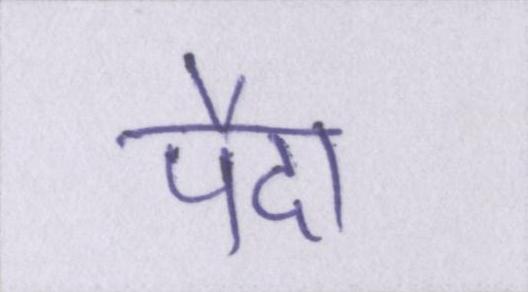
पैदा